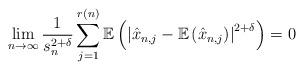
LaTeX: \begin{align*}\lim_{n\to\infty}\frac{1}{s_{n}^{2+\delta}}\sum_{j=1}^{r(n)}\mathbb{E}\left(\left|\hat{x}_{n,j}-\mathbb{E}\left(\hat{x}_{n,j}\right)\right|^{2+\delta}\right)=0\end{align*}